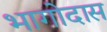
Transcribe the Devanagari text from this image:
भागोदास